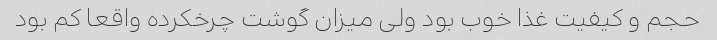
حجم و کیفیت غذا خوب بود ولی میزان گوشت چرخکرده واقعا کم بود